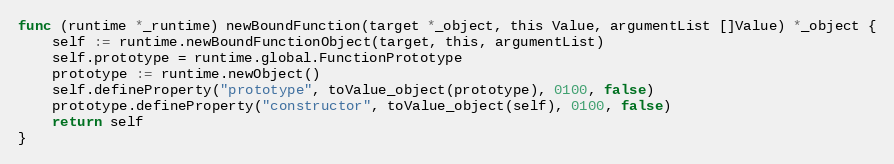
Language: Go
func (runtime *_runtime) newBoundFunction(target *_object, this Value, argumentList []Value) *_object {
	self := runtime.newBoundFunctionObject(target, this, argumentList)
	self.prototype = runtime.global.FunctionPrototype
	prototype := runtime.newObject()
	self.defineProperty("prototype", toValue_object(prototype), 0100, false)
	prototype.defineProperty("constructor", toValue_object(self), 0100, false)
	return self
}